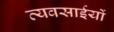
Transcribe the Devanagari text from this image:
व्यवसाईयों